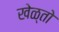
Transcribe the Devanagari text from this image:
खेळ्तो